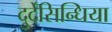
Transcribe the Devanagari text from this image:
दुर्देसिन्धिया